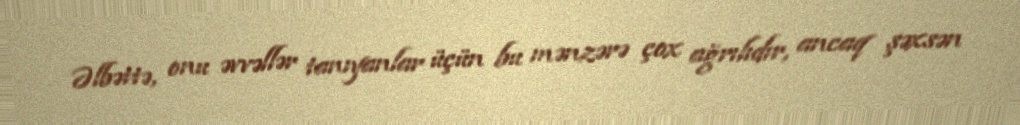
Əlbəttə, onu əvvəllər tanıyanlar üçün bu mənzərə çox ağrılıdır, ancaq şəxsən